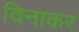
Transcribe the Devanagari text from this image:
विनाकर